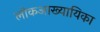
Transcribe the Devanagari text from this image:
लोकआख्यायिका